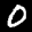
Label: 0